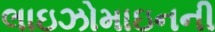
લાઇઝોમાઇનની